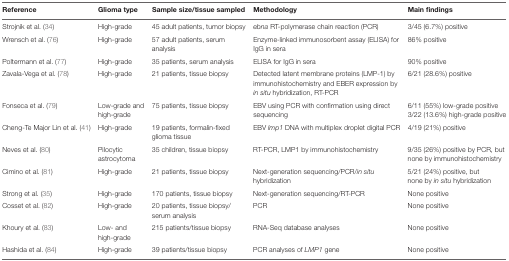
| Reference | Glioma type | Sample size/tissue sampled | Methodology | Main findings |
 | --- | --- | --- | --- | --- |
 | Strojnik et al. (34) | High-grade | 45 adult patients, tumor biopsy | ebna RT-polymerase chain reaction (PCR) | 3/45 (6.7%) positive |
 | Wrensch et al. (76) | High-grade | 57 adult patients, serum analysis | Enzyme-linked immunosorbent assay (ELISA) for IgG in sera | 86% positive |
 | Poltermann et al. (77) | High-grade | 35 patients, serum analysis | ELISA for IgG in sera | 90% positive |
 | Zavala-Vega et al. (78) | High-grade | 21 patients, tissue biopsy | Detected latent membrane proteins (LMP-1) by immunohistochemistry and EBER expression by in situ hybridization, RT-PCR | 6/21 (28.6%) positive |
 | Fonseca et al. (79) | Low-grade and high-grade | 75 patients, tissue biopsy | EBV using PCR with confirmation using direct sequencing | 6/11 (55%) low-grade positive3/22 (13.6%) high-grade positive |
 | Cheng-Te Major Lin et al. (41) | High-grade | 19 patients, formalin-fixed glioma tissue | EBV lmp1 DNA with multiplex droplet digital PCR | 4/19 (21%) positive |
 | Neves et al. (80) | Pilocytic astrocytoma | 35 children, tissue biopsy | RT-PCR, LMP1 by immunohistochemistry | 9/35 (26%) positive by PCR, but none by immunohistochemistry |
 | Cimino et al. (81) | High-grade | 21 patients, tissue biopsy | Next-generation sequencing/PCR/in situ hybridization | 5/21 (24%) positive, but none by in situ hybridization |
 | Strong et al. (35) | High-grade | 170 patients, tissue biopsy | Next-generation sequencing/RT-PCR | None positive |
 | Cosset et al. (82) | High-grade | 20 patients, tissue biopsy/serum analysis | PCR | None positive |
 | Khoury et al. (83) | Low- and high-grade | 215 patients/tissue biopsy | RNA-Seq database analyses | None positive |
 | Hashida et al. (84) | High-grade | 39 patients/tissue biopsy | PCR analyses of LMP1 gene | None positive |